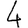
Digit: 4